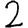
Digit: 2